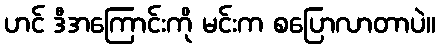
ဟင် ဒီအကြောင်းကို မင်းက စပြောလာတာပဲ။